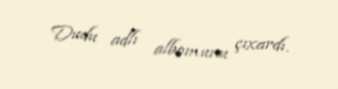
Dudu adlı albomunu çıxardı.